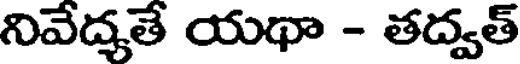
నివేద్యతే యథా - తద్వత్